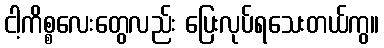
ငါ့ကိစ္စလေးတွေလည်း ပြေးလုပ်ရသေးတယ်ကွ။